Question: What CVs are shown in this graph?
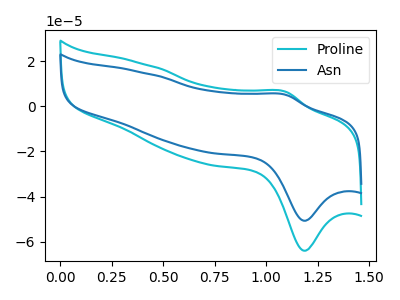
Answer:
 <answer>The cyan curve is labeled "Proline". The blue curve is labeled "Asn".</answer>
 <eval></eval>